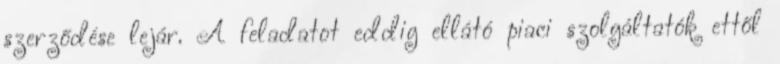
szerződése lejár. A feladatot eddig ellátó piaci szolgáltatók ettől